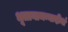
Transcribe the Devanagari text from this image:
भूतानामन्नादीनां